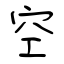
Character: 空